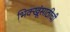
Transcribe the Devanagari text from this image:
भिक्खूंसाठीची